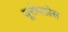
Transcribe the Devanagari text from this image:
यूरोपाप्रेस